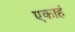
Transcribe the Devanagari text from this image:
एकाहं